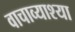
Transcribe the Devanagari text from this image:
वाचाव्याश्या